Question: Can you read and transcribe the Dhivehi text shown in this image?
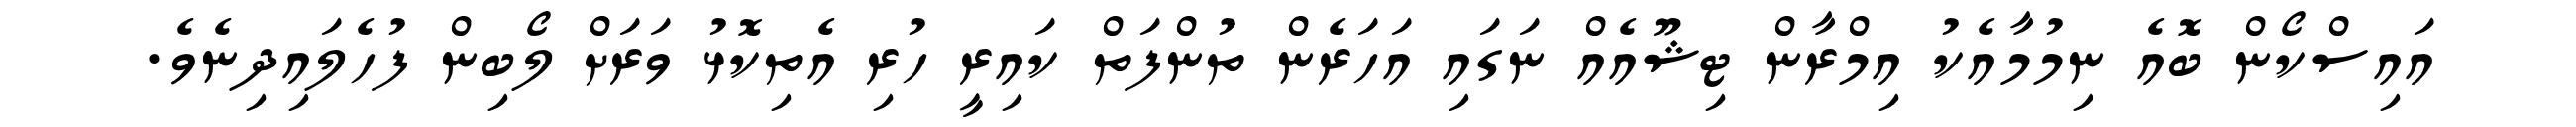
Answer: އައިސްކޯން ބޮއެ ނިމުމާއެކު އިމްރާން ޓިޝޫއެއް ނަގައި އަހަރެން ތުންފަތް ކައިރީ ހުރި އެތިކޮޅު ވަރަށް ލޯބިން ފުހެލައިދިނެވެ.